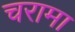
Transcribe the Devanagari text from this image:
चरामा